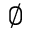
\varnothing